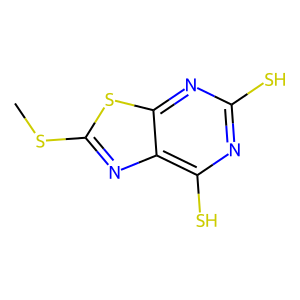
SMILES: CSc1nc2c(S)nc(S)nc2s1
Inhibits HIV replication: No